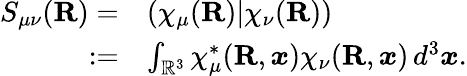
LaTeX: \begin{array}{rl}{S_{\mu\nu}({\mathbf{R}})=}&{(\chi_{\mu}({\mathbf{R}})|\chi_{\nu}({\mathbf{R}}))}\\ {:=}&{\int_{\mathbb{R}^{3}}\chi_{\mu}^{*}({\mathbf{R}},\boldsymbol{x})\chi_{\nu}({\mathbf{R}},\boldsymbol{x})\, d^{3}\boldsymbol{x}.}\end{array}